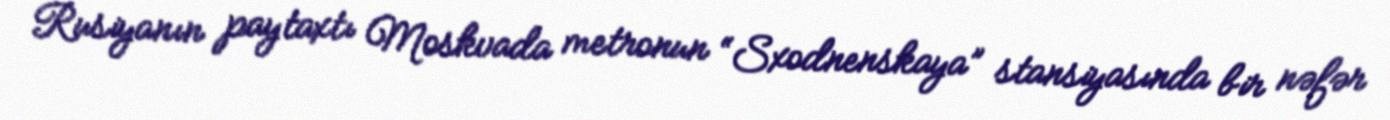
Rusiyanın paytaxtı Moskvada metronun “Sxodnenskaya” stansiyasında bir nəfər